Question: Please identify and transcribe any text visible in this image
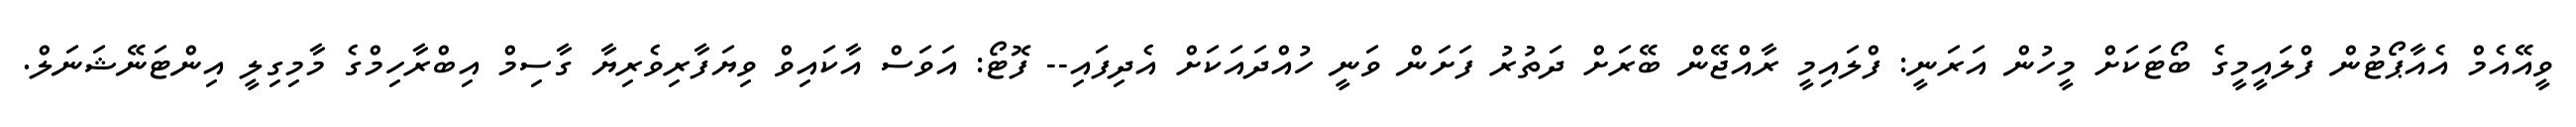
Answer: ވީއޭއެމް އެއާޕޯޓުން ފްލައީމީގެ ބޯޓަކަށް މީހުން އަރަނީ: ފްލައިމީ ރާއްޖޭން ބޭރަށް ދަތުރު ފަށަން ވަނީ ހުއްދައަކަށް އެދިފައި-- ފޮޓޯ: އަވަސް އާކައިވް ވިޔަފާރިވެރިޔާ ގާސިމް އިބްރާހިމްގެ މާމިގިލީ އިންޓަނޭޝަނަލް.